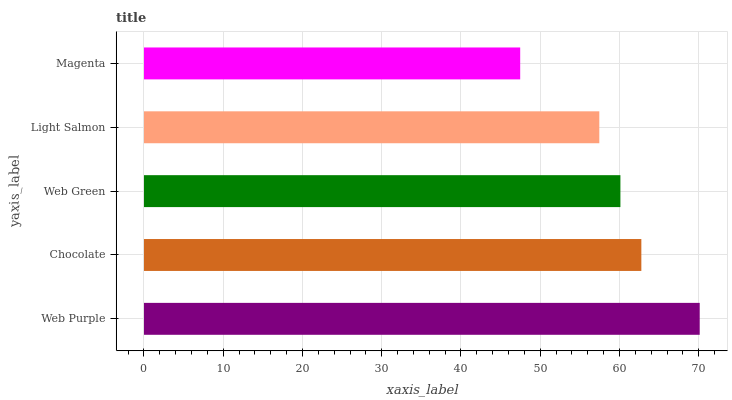
| yaxis_label | bars |
 | --- | --- |
 | Web Purple | 70.1 |
 | Chocolate | 62.8 |
 | Web Green | 60.1 |
 | Light Salmon | 57.5 |
 | Magenta | 47.5 |